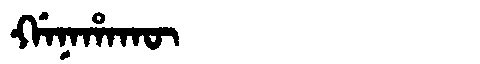
Manchu: ᡤᠠᠨᠠᡥᠠᡴᡡ
Romanization: GANAHAKŪ